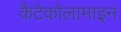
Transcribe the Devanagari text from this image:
कैटेकोलामाइन